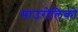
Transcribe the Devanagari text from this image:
माउरोलिको